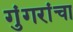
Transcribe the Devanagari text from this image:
गुंगरांचा